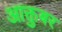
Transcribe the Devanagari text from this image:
आक्तुबर